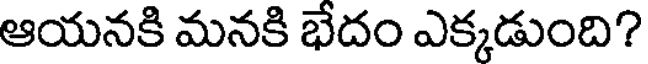
ఆయనకి మనకి భేదం ఎక్కడుంది?